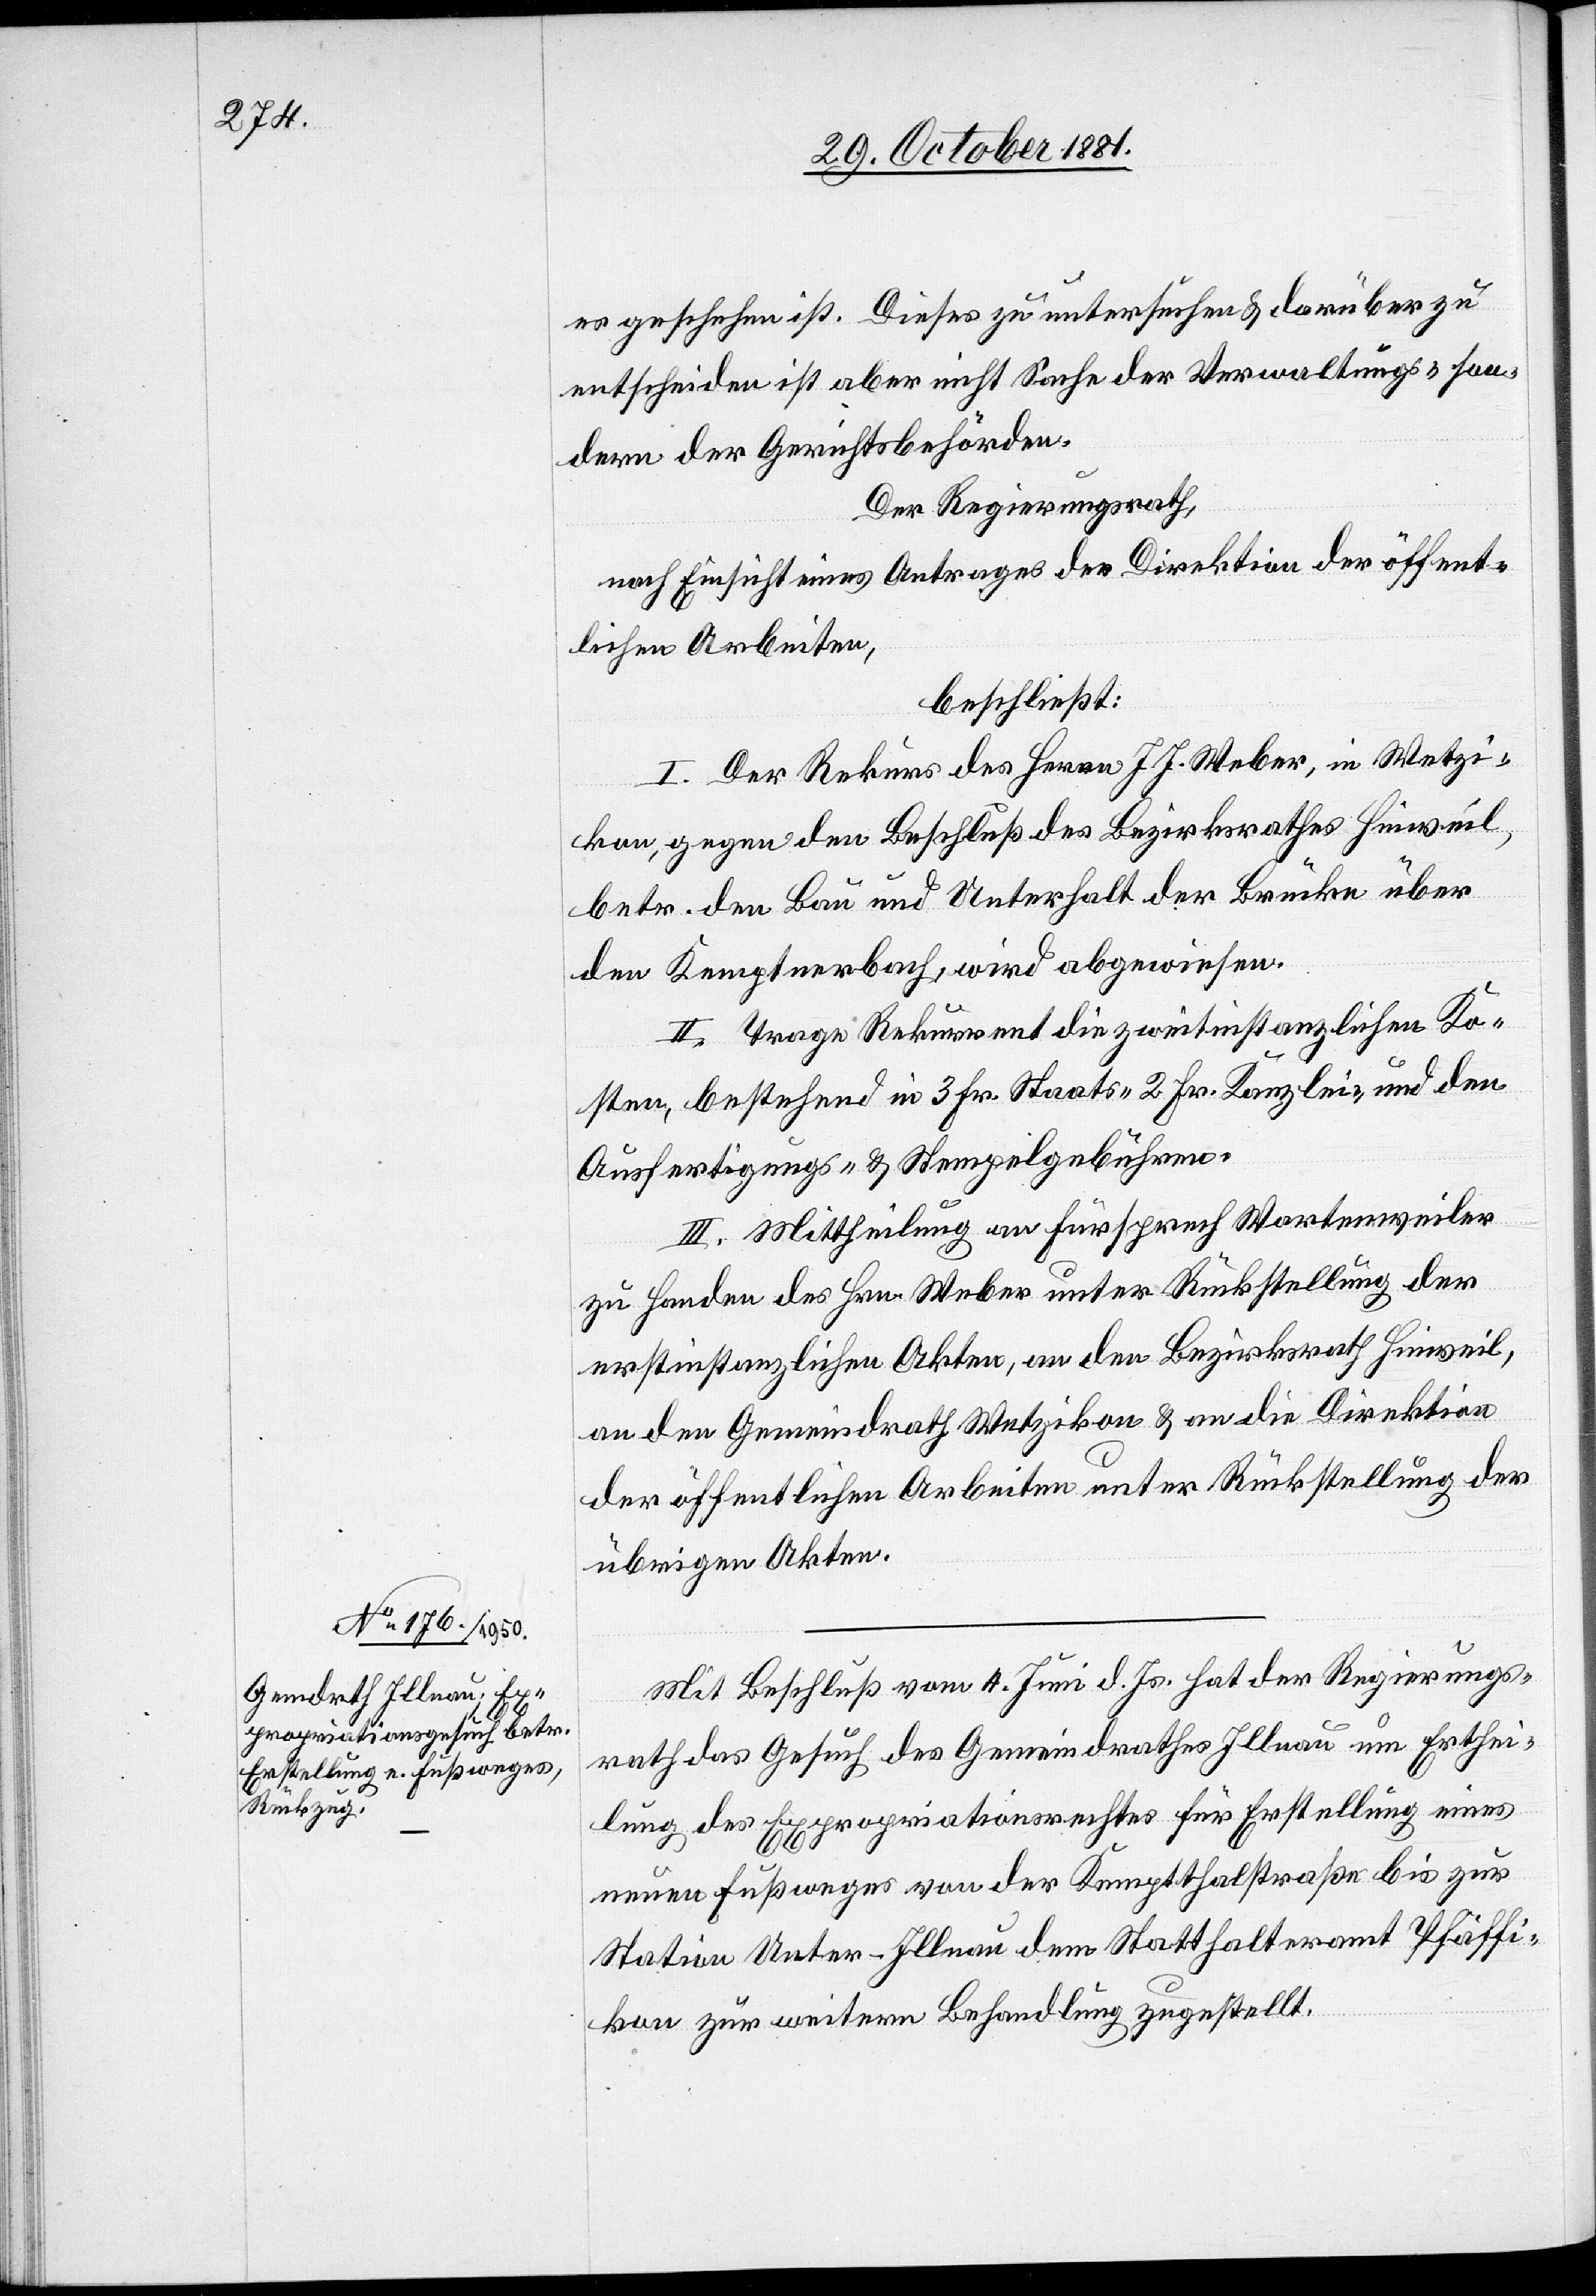
es geschehen ist. Dieses zu untersuchen & darüber zu
entscheiden ist aber nicht Sache der Verwaltungs- son¬
dern der Gerichtsbehörden.
Der Regierungsrath,
nach Einsicht eines Antrages der Direktion der öffent¬
lichen Arbeiten,
beschließt:
I. Der Rekurs des Herrn J. J. Weber, in Wetzi¬
kon, gegen den Beschluß des Bezirksrathes Hinweil,
betr. den Bau und Unterhalt der Brücke über
den Kemptnerbach, wird abgewiesen.
II. Trage Rekurrent die zweitinstanzlichen Ko¬
sten, bestehend in 3 Fr. Staats-[,] 2 Fr. Kanzlei-, und den
Ausfertigungs- & Stempelgebühren.
III. Mittheilung an Fürsprech Wartenweiler
zu Handen des Hrn. Weber unter Rückstellung der
erstinstanzlichen Akten, an den Bezirksrath Hinweil,
an den Gemeindrath Wetzikon & an die Direktion
der öffentlichen Arbeiten unter Rückstellung der
übrigen Akten.
Mit Beschluß vom 4. Juni d. Js. hat der Regierungs¬
rath das Gesuch des Gemeindrathes Illnau um Erthei¬
lung des Expropriationsrechtes für Erstellung eines
neuen Fußweges von der Kemptthalstraße bis zur
Station Unter-Illnau dem Statthalteramt Pfäffi¬
kon zur weitern Behandlung zugestellt.